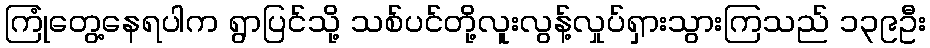
ကြုံတွေ့နေရပါက ရွာပြင်သို့ သစ်ပင်တို့လူးလွန့်လှုပ်ရှားသွားကြသည် ၁၃၉ဦး